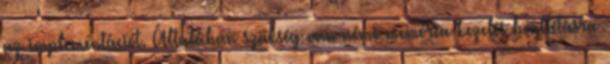
az implementációt. Általában szükség van némi memória kezelés beállításra